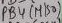
Text: PB4